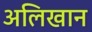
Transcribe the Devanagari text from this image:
अलिखान